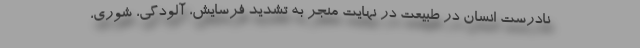
نادرست انسان در طبیعت در نهایت منجر به تشدید فرسایش، آلودگی، شوری،